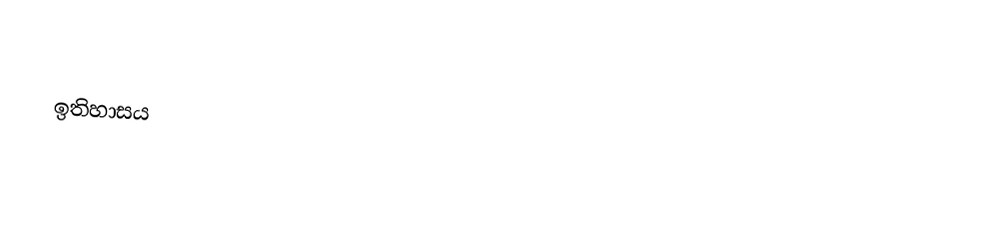

ඉතිහාසය